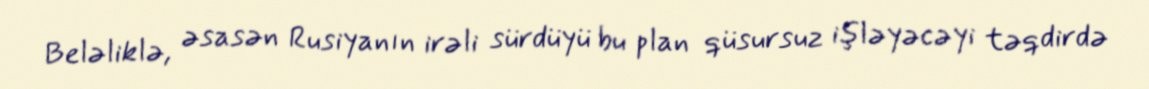
Beləliklə, əsasən Rusiyanın irəli sürdüyü bu plan qüsursuz işləyəcəyi təqdirdə